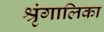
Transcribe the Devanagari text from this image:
श्रृंगालिका